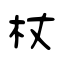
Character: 杖